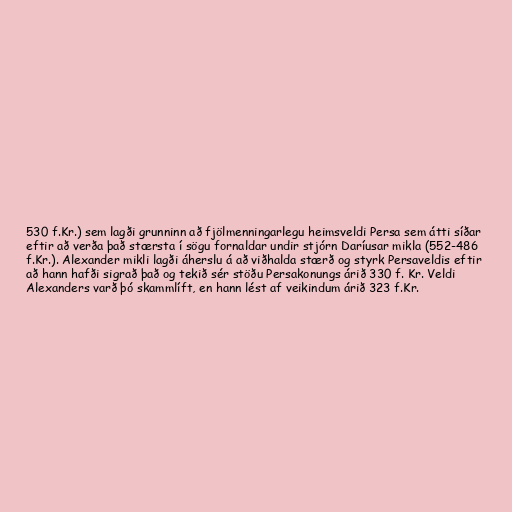
530 f.Kr.) sem lagði grunninn að fjölmenningarlegu heimsveldi Persa sem átti síðar
eftir að verða það stærsta í sögu fornaldar undir stjórn Daríusar mikla (552-486
f.Kr.). Alexander mikli lagði áherslu á að viðhalda stærð og styrk Persaveldis eftir
að hann hafði sigrað það og tekið sér stöðu Persakonungs árið 330 f. Kr. Veldi
Alexanders varð þó skammlíft, en hann lést af veikindum árið 323 f.Kr.